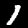
Label: 1